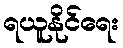
ရယူနိုင်ရေး